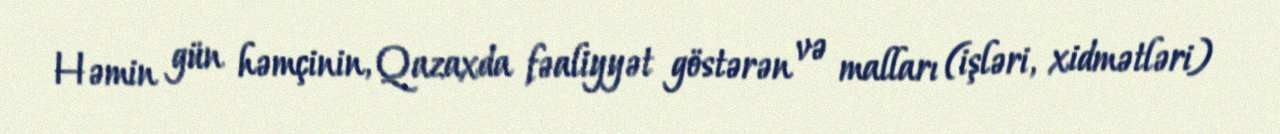
Həmin gün həmçinin, Qazaxda fəaliyyət göstərən və malları (işləri, xidmətləri)